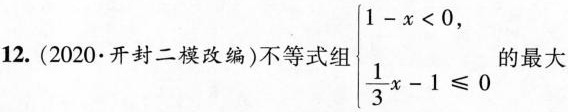
12.(2020·开封二模改编)不等式组\left\{\begin{matrix}1-x<0\\\frac{1}{3}x-1\leqslant 0\end{matrix}\right.的最大